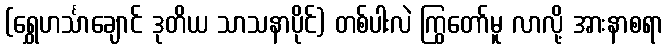
(ရွှေဟင်္သာချောင် ဒုတိယ သာသနာပိုင်) တစ်ပါးလဲ ကြွတော်မူ လာလို့ အားနာစရာ